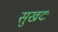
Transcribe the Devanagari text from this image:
सुखदः